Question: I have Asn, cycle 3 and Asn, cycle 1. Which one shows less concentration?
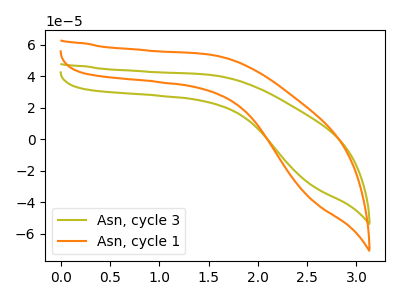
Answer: <think>The olive curve "Asn, cycle 3" has no peaks. The orange curve "Asn, cycle 1" has no peaks.
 Neither "Asn, cycle 3" or "Asn, cycle 1" have any peaks.</think>
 <answer>I cant tell if "Asn, cycle 3" or "Asn, cycle 1" has higher concentration.</answer>
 <eval>mixed_concentration</eval>